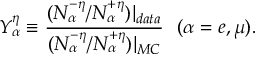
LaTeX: Y _ { \alpha } ^ { \eta } \equiv { \frac { ( N _ { \alpha } ^ { - \eta } / N _ { \alpha } ^ { + \eta } ) | _ { d a t a } } { ( N _ { \alpha } ^ { - \eta } / N _ { \alpha } ^ { + \eta } ) | _ { M C } } } \ \ ( \alpha = e , \mu ) .